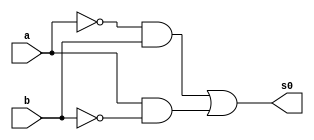
 // ------------------------- 
// Exemplo0024 - C_Dif 
// Nome: Lucas Cardoso 
// ------------------------- 
// ------------------------- 
// C_Dif
// ------------------------- 
module C_Dif (output s0,
input a, 
input b);
wire n,m,o,w;
not NOT1 (n,a);
not NOT2 (m,b);
and AND1 (o,n,b);
and AND2 (w,a,m);
or OR1 (s0,o,w);
endmodule//C_Dif

module Prin (output s,
input [3:0] x1,
input [3:0] y1);
wire temp1,temp2,temp3,temp4,temp5,temp6;
C_Dif CD1(temp1,x1[0],y1[0]);
C_Dif CD2(temp2,x1[1],y1[1]);
C_Dif CD3(temp3,x1[2],y1[2]);
C_Dif CD4(temp4,x1[3],y1[3]);
or OR2 (s,temp1,temp2,temp3,temp4);
endmodule//Prin

module testPrin;
// ------------------------- definir dados 
reg [3:0] x;
reg [3:0] y;
wire s; 
Prin modulo ( s, x, y);
// ------------------------- parte principal 
initial begin 
$display("Exemplo0024 - Lucas Cardoso - 441694"); 
$display("Test AU's module"); 
x = 4'b0000; y = 4'b0000;  
// projetar testes do modulo 
$display("\na b s");
#1 $monitor("%b %b %b",x,y,s);
#1 x='b0001;y ='b0001;  
#1 x='b0010;y ='b0010;
#1 x='b0011;y ='b0011;

#1 x='b0100;y ='b0100; 
#1 x='b0101;y ='b0101; 
#1 x='b0110;y ='b1001;
#1 x='b0111;y ='b0111;

#1 x='b1000;y ='b1000; 
#1 x='b1001;y ='b1001;  
#1 x='b1010;y ='b1010;
#1 x='b1011;y ='b1011;

#1 x='b1100;y ='b1100; 
#1 x='b1101;y ='b1001;  
#1 x='b1110;y ='b1110;
#1 x='b1111;y ='b1001;

end 
endmodule // test